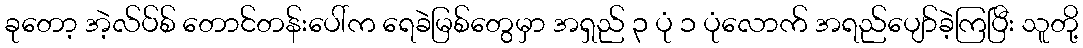
ခုတော့ အဲ့လ်ပ်စ် တောင်တန်းပေါ်က ရေခဲမြစ်တွေမှာ အရှည် ၃ ပုံ ၁ ပုံလောက် အရည်ပျော်ခဲ့ကြပြီး သူတို့